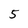
Character: 5